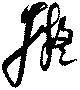
擬